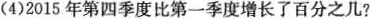
(4)2015年第四季度比第一季度增长了百分之几?